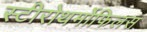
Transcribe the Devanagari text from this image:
स्टीरोथर्मोफिलस